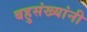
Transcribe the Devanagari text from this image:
बहुसंख्यांनी